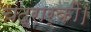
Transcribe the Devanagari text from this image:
चंद्रार्की।